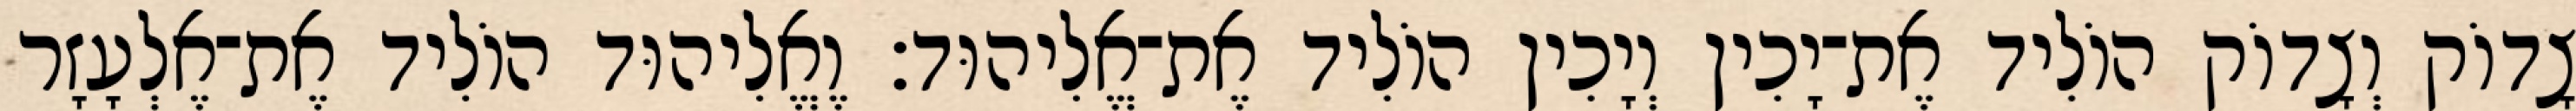
צָדוֹק וְצָדוֹק הוֹלִיד אֶת־יָכִין וְיָכִין הוֹלִיד אֶת־אֱלִיהוּד׃ וֶאֱלִיהוּד הוֹלִיד אֶת־אֶלְעָזָר